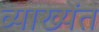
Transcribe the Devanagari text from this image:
व्याख्येंत